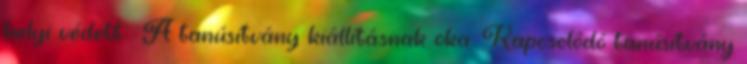
helyi védett : A tanúsítvány kiállításnak oka: Kapcsolódó tanúsítvány